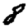
Digit: 8